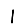
Digit: 1